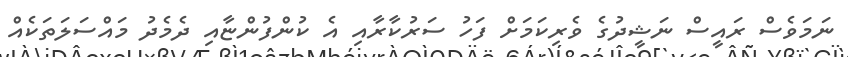
ނަމަވެސް ރައީސް ނަޝީދުގެ ވެރިކަމަށް ފަހު ސަރުކާރާއި އެ ކުންފުންޏާއި ދެމެދު މައްސަލަތަކެއް